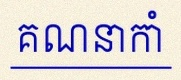
គណនាកាំ